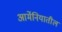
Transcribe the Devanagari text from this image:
आर्मेनियातील